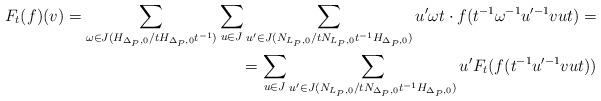
LaTeX: \begin{align*}F_t(f)(v)=\sum_{\omega\in J(H_{\Delta_P,0}/tH_{\Delta_P,0}t^{-1})}\sum_{u\in J}\sum_{u'\in J(N_{L_P,0}/tN_{L_P,0}t^{-1}H_{\Delta_P,0})}u'\omega t\cdot f(t^{-1}\omega^{-1}u'^{-1}vut)=\\ =\sum_{u\in J}\sum_{u'\in J(N_{L_P,0}/tN_{\Delta_P,0}t^{-1}H_{\Delta_P,0})}u'F_t(f(t^{-1}u'^{-1}vut))\end{align*}